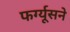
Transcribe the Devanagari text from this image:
फर्ग्यूसने